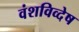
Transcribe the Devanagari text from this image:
वंशविव्देष